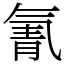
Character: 氰